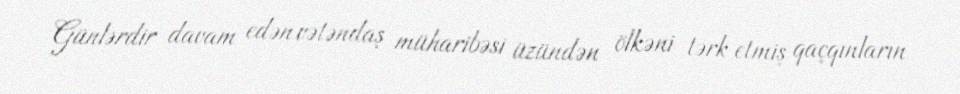
Günlərdir davam edən vətəndaş müharibəsi üzündən ölkəni tərk etmiş qaçqınların